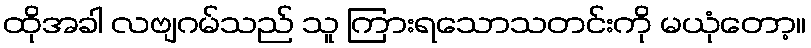
ထိုအခါ လဗျဂမ်သည် သူ ကြားရသောသတင်းကို မယုံတော့။